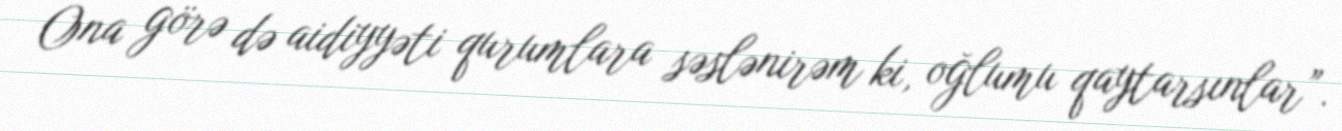
Ona görə də aidiyyəti qurumlara səslənirəm ki, oğlumu qaytarsınlar”.